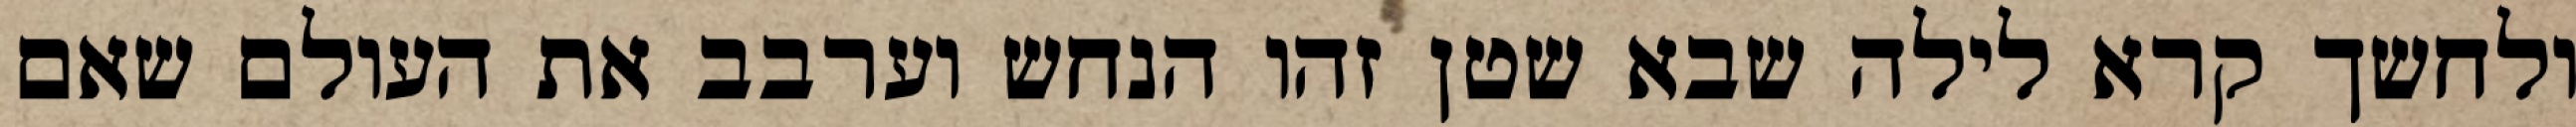
ולחשך קרא לילה שבא שטן זהו הנחש וערבב את העולם שאם